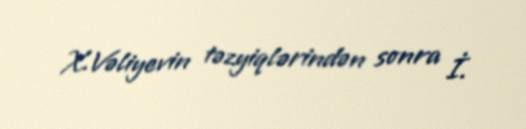
X.Vəliyevin təzyiqlərindən sonra İ.